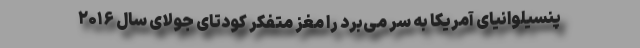
پنسیلوانیای آمریکا به سر می‌برد را مغز متفکر کودتای جولای سال ۲۰۱۶